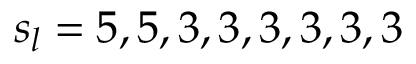
s _ { l } = 5 , 5 , 3 , 3 , 3 , 3 , 3 , 3